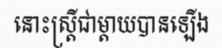
នោះស្ត្រីជាម្តាយបានឡើង